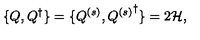
\{ Q , Q ^ { \dagger } \} = \{ Q ^ { ( s ) } , { Q ^ { ( s ) } } ^ { \dagger } \} = 2 { \cal H } ,